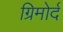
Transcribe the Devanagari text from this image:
ग्रिमोर्द